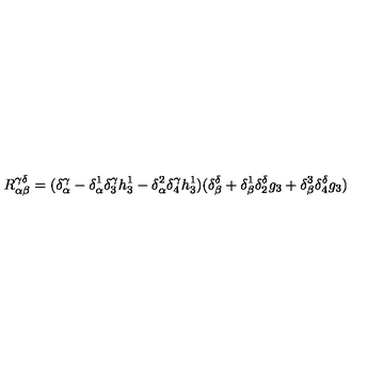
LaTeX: R _ { \alpha \beta } ^ { \gamma \delta } = ( \delta _ { \alpha } ^ { \gamma } - \delta _ { \alpha } ^ { 1 } \delta _ { 3 } ^ { \gamma } h _ { 3 } ^ { 1 } - \delta _ { \alpha } ^ { 2 } \delta _ { 4 } ^ { \gamma } h _ { 3 } ^ { 1 } ) ( \delta _ { \beta } ^ { \delta } + \delta _ { \beta } ^ { 1 } \delta _ { 2 } ^ { \delta } g _ { 3 } + \delta _ { \beta } ^ { 3 } \delta _ { 4 } ^ { \delta } g _ { 3 } )